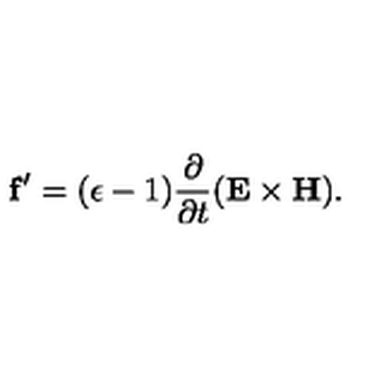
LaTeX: { \bf f } ^ { \prime } = ( \epsilon - 1 ) { \frac { \partial } { \partial t } } ( { \bf E \times H } ) .